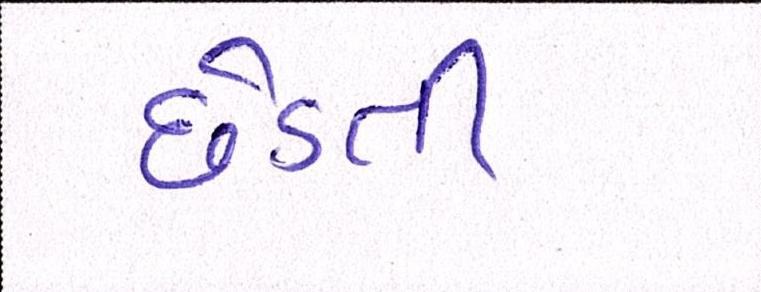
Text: છેડતી